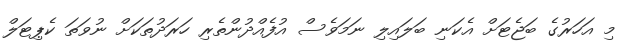
މި އަހަރުގެ ބަޖެޓަށް އެކަނި ބަލައިލި ނަމަވެސް އުފެއްދުންތެރި ހަރަދުތަކަށް ނުވަތަ ކެޕިޓަލް